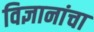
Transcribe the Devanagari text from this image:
विज्ञानांचा